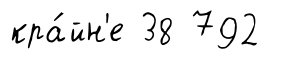
кра́йн'е 38 792